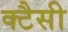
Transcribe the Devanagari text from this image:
क्टैसी